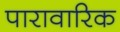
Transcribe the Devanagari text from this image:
पारावारिक